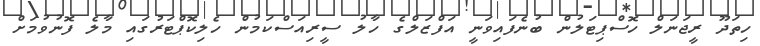
ހިތަދޫ ރީޖަނަލް ހޮސްޕިޓަލުން ބުނެފައިވަނީ އަފްޒަލްގެ ހާލު ސީރިއަސްކަމުން ހެލިކޮޕްޓަރުގައި މާލެ ފޮނުވުމަށް